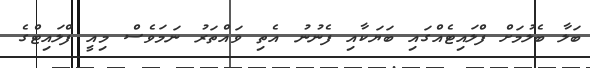
ބަލާ ބެލުމަށް ފްލައިޓެއްގައި ބަޔަކާއި ފެނުނު އެތި ވައްތަރު ނަމަވެސް މިއީ ފްލައިޓްގެ